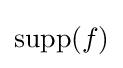
\operatorname {supp} (f)